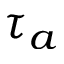
\tau { _ a }